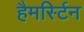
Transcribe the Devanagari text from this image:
हैमर्स्टिन